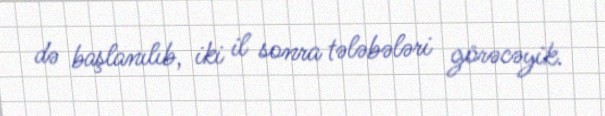
də başlanılıb, iki il sonra tələbələri görəcəyik.